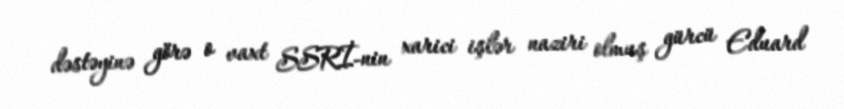
dəstəyinə görə o vaxt SSRİ-nin xarici işlər naziri olmuş gürcü Eduard